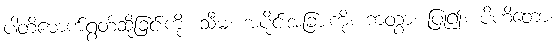
ပါတိမောက်ရွတ်ဆိုခြင်းကို။ သီမံ၊ အပိုင်းအခြားကို။ ကတွာ၊ ပြု၍။ ပိဟိတော၊